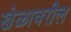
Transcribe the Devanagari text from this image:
खेळावरील